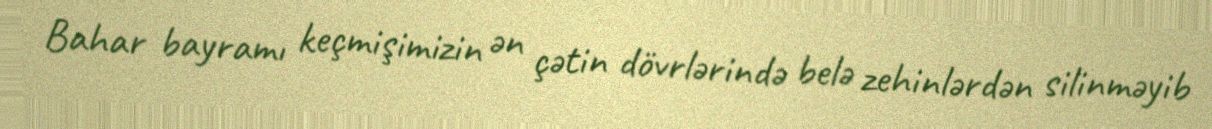
Bahar bayramı keçmişimizin ən çətin dövrlərində belə zehinlərdən silinməyib